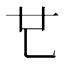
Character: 𠃟